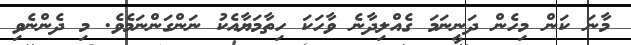
މާނަ ކަން މިހެން ދަނީނަމަ ގެއްލިދާނެ ވާހަކަ ހިތާމަޔާއެކު ނަންގަންނަމެވެ. މި ދެންނެވި